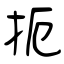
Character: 扼